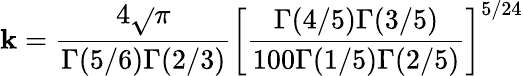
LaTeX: \mathbf{k}=\frac{{4\sqrt{}{{\pi}}}}{{\Gamma(5/6)\Gamma(2/3)}}\left[\frac{{\Gamma(4/5)\Gamma(3/5)}}{{100\Gamma(1/5)\Gamma(2/5)}}\right]^{5/24}